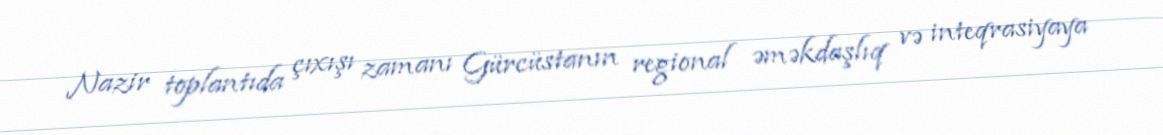
Nazir toplantıda çıxışı zamanı Gürcüstanın regional əməkdaşlıq və inteqrasiyaya